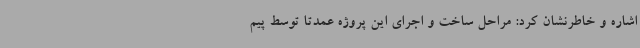
اشاره و خاطرنشان کرد: مراحل ساخت و اجرای این پروژه عمدتا توسط پیم